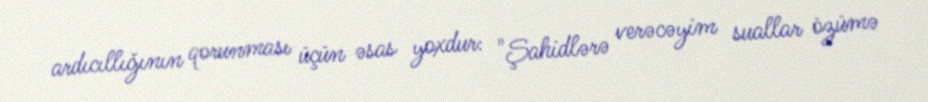
ardıcıllığının qorunması üçün əsas yoxdur: "Şahidlərə verəcəyim suallar özümə